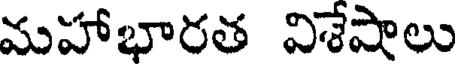
మహాభారత విశేషాలు